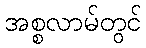
အစ္စလာမ်တွင်